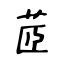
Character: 茝